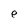
Character: e